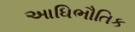
આધિભૌતિક